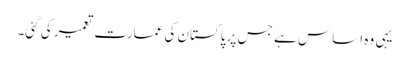
یہی وہ اساس ہے جس پر پاکستان کی عمارت تعمیر کی گئی۔